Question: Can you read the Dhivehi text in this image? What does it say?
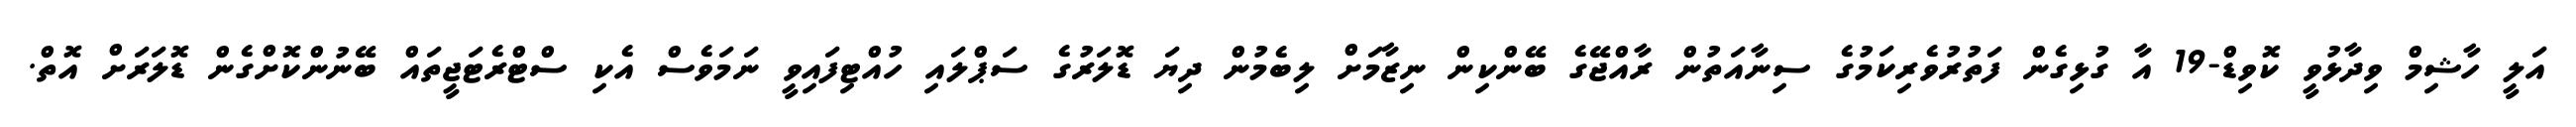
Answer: އަލީ ހާޝިމް ވިދާޅުވީ ކޮވިޑް-19 އާ ގުޅިގެން ފަތުރުވެރިކަމުގެ ސިނާއަތުން ރާއްޖޭގެ ބޭންކިން ނިޒާމަށް ލިބެމުން ދިޔަ ޑޮލަރުގެ ސަޕްލައި ހުއްޓިފައިވީ ނަމަވެސް އެކި ސްޓްރެޓަޖީތައް ބޭނުންކޮށްގެން ޑޮލަރަށް އޮތް.